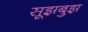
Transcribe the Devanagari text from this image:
सूझबुझ